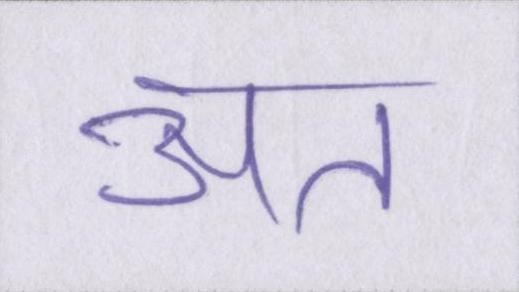
अत